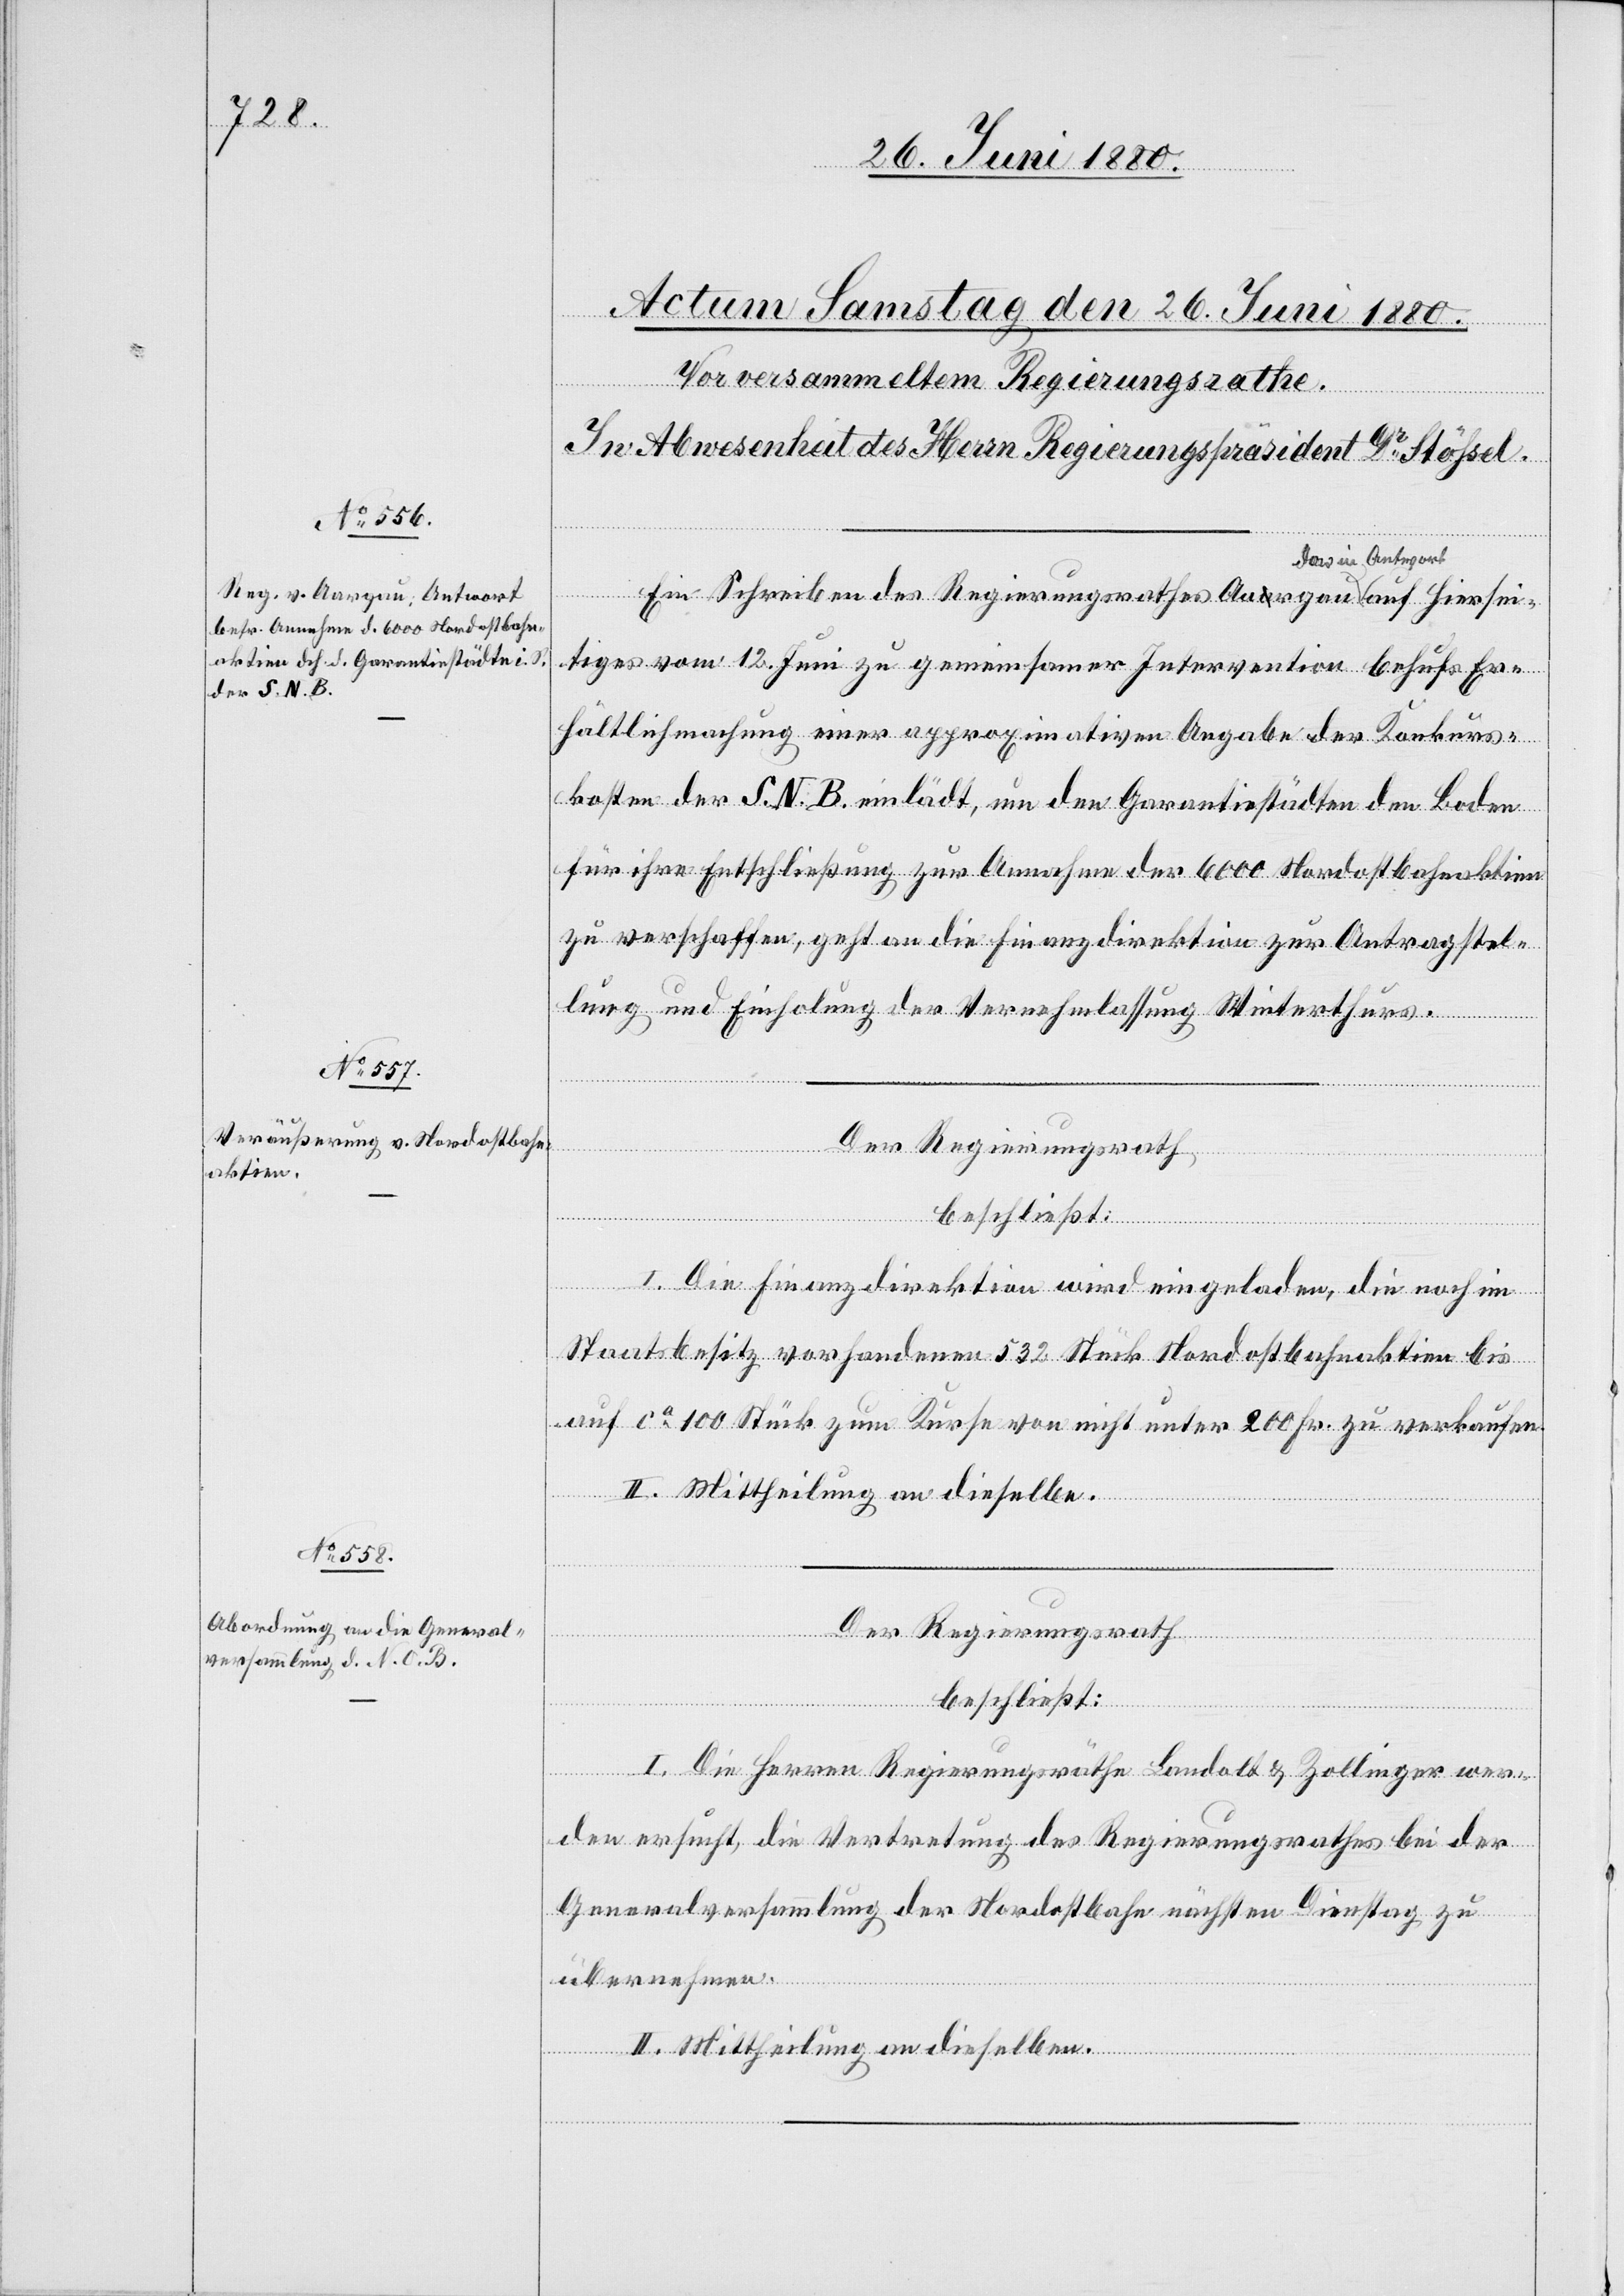
Ein Schreiben des Regierungsrathes Aargau das in
tiges vom 12. Juni zu gemeinsamer Intervention behufs Er¬
hältlichmachung einer aprroximativen Angabe der Konkurs¬
kosten der S. N. B. einlädt, um den Garantiestädten den Boden
für ihre Entschließung zur Annahme der 6000 Nordostbahnaktien
zu verschaffen, geht an die Finanzdirektion zur Antragstel¬
lung und Einholung der Vernehmlassung Winterthurs.
Der Regierungsrath,
auf
beschließt:
hiersei¬
I. Die Finanzdirektion wird eingeladen, die noch im
Staatsbesitz vorhandenen 532 Stück Nordostbahnaktien bis
auf ca 100 Stück zum Kurse von nicht unter 200 Fr. zu verkaufen.
II. Mittheilung an dieselbe.
Der Regierungsrath
beschließt:
I. Die Herren Regierungsräthe Landolt & Zollinger wer¬
den ersucht, die Vertretung des Regierungsrathes bei der
Generalversammlung der Nordostbahn nächsten Dienstag zu
übernehmen.
II. Mittheilung an dieselben.